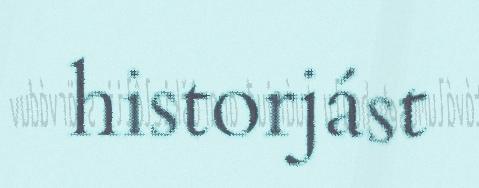
historjást